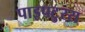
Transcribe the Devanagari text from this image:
पाइपटुरस